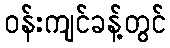
ဝန်းကျင်ခန့်တွင်